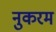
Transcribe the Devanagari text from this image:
नुकरम